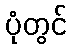
ပုံတွင်